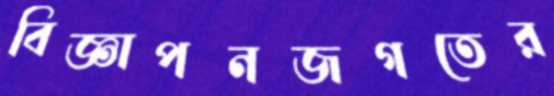
বিজ্ঞাপনজগতের